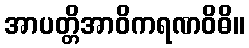
အာပတ္တိအာဝိကရဏဝိဓိ။